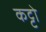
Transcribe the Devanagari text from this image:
कट्टो